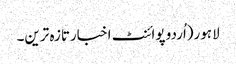
لاہور(اُردو پوائنٹ اخبارتازہ ترین۔